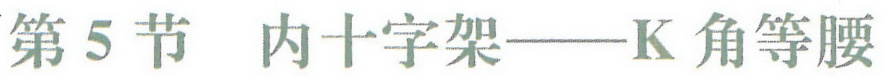
第5节 内十字架——K角等腰